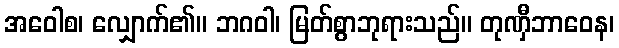
အဝေါစ၊ လျှောက်၏။ ဘဂဝါ၊ မြတ်စွာဘုရားသည်။ တုဏှီဘာဝေန၊